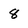
Character: 8